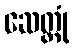
ဆေတ္တုံ